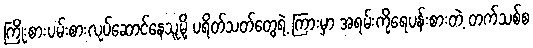
ကြိုးစားပမ်းစားလုပ်ဆောင်နေသူမို့ ပရိတ်သတ်တွေရဲ့ ကြားမှာ အရမ်းကိုရေပန်းစားတဲ့ တက်သစ်စ